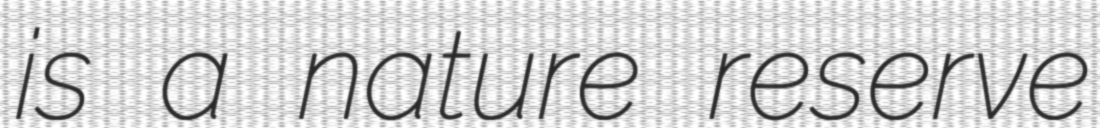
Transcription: is a nature reserve